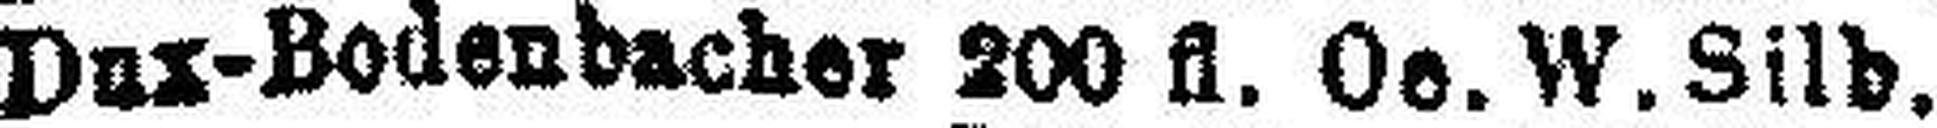
Dux-Bodenbacher 200 fl. Oe. W. Silb.